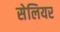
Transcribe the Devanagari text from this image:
सेलियर